Annual report on the health of the army in India
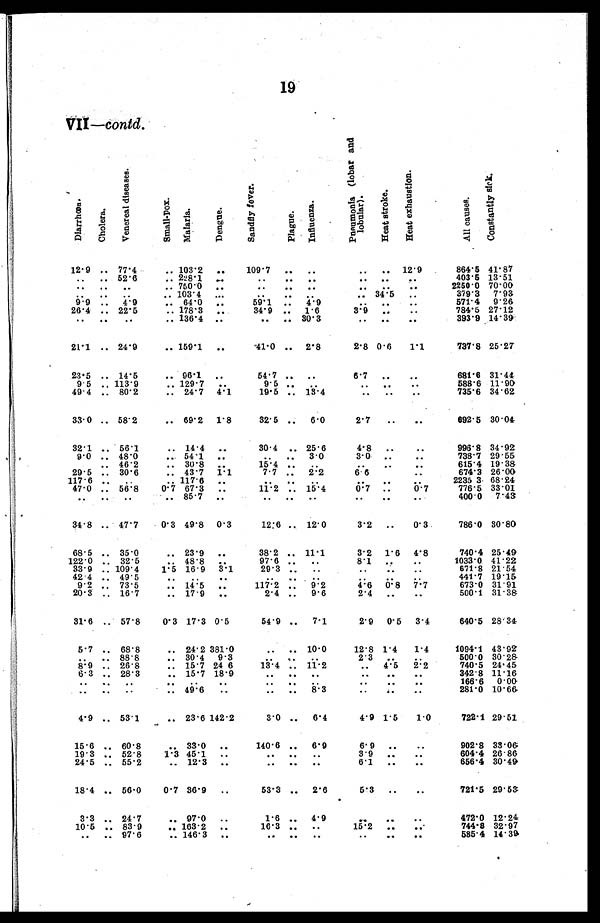
19
VII—contd.
D i a r r h œ a .
C h o l e r a .
V e n e r e a l d i s e a s e s .
S m a l l - p o x .
M a l a r i a .
D e n g u e .
S a n d f l y f e v e r .
Plague.
I n f l u e n z a .
P n e u m o n i a ( l o b a r a n d l o b u l a r ) .
H e a t s t r o k e .
H e a t e x h a u s t i o n .
A l l c a u s e s .
C o n s t a n t l y s i c k .
12.9 .. 77.4
.. 103.2
..
109.7
.. .. .. ..
12.9
864.5 41.87
..
.. 52.6
.. 228.1
..
..
..
.. .. .. ..
403.5 13.51
..
..
..
.. 750.0
..
..
..
..
.. ..
..
2250.0 70.00
.. .. .. ..
103.4
.. ..
..
.. ..
34.5
..
379.3
7.93
9.9 ..
4.9
..
64.0
..
59.1
..
4.9
.. ..
..
571.4
9.26
26.4 .. 22.5
.. 178.3
..
34.9 ..
1.6
3.9
..
..
784.5 27.12
..
..
..
.. 136.4
..
..
.. 30.3
..
..
..
393.9 14.39
21.1 .. 24.9
.. 159.1
..
41.0 ..
2.8
2.8 0.6
1.1
737.8 25.27
23.5 .. 14.5
.. 96.1
..
64.7 ..
..
6.7
.. ..
681.6 31.44
9.5 .. 113.9
.. 129.7
..
9.5 .
.. .. .. ..
588.6 11.90
49.1 .. 80.2
.. 24.7
4.1
19.5 .. 13.4
.. .. ..
735.6 34.62
33.0 .. 58.2
.. 69.2
1.8
32.5
..
6.0
2.7
.. ..
692.5 30.04
32.1
..
56.1
.. 14.4
..
30.4
.. 25.6
4.8
.. ..
996.8 34.92
9.0 .. 48.0
.. 54.1
.. .. ..
3.0
3.0
..
..
738.7 29.55
29.5 ..
46.2
.. 30.8
. .
15.4
..
. .
..
..
..
615.4 19.38
117.6
. .
30.6
..
43.7
1.1
7.7
..
2.2
6.6
..
..
674.3 26.00
47.0 .. 56.8
0.7 67.3
..
11.2 .. 15.4
0.7
..
0.7
776.5 33.01
..
..
..
.. 85.7
..
..
..
..
..
..
..
400.0
7.43
34.8 .. 47.7
0.3 49.8
0.3
12.6 ..
12.0
3.2
..
0.3
786.0 30.80
68.5 .. 35.0
.. 23.9
..
38.2 .. 11.1
3.2
1.6
4.8
740.4 25.49
122.0 .. 32.5
.. 48.8
. .
97.6 ..
..
8.1
. .
. .
1033.0 41.22
33.9 .. 109.4
1.5 16.9
3.1
29.3 ..
..
.. ..
..
671.8 21.54
42 4 .. 49.5
..
. .
. .
..
..
. .
. . . .
. .
441.7 19.15
9.2 ..
73.5
..
14.5
..
117.2 ..
9.2
4.6
0.8
7.7
673.0 31.91
20.3 .. 16.7
.. 17.9
..
2.4 ..
9.6
.. ..
..
500.1 31.38
31.6 .. 57.8
0.3 17.3 0.5
54.9 ..
7.1
2.9
0.5
3.4
640.5 28.31
5.7 .. 68.8
.. 24.2 381.0
..
.. 10.0
12.8 1.4
1.4
1094.1 43.92
. .
.. 88.8
.. 30.4
9.3
. . ..
..
2.3 ..
. .
500.0 30.28
8.9 .. 26.8
.. 15.7 24 6
13.4 ..
11.2
..
4.5
2.2
740.5 24.45
6.3 .. 28.3
.. 15.7 18.9
..
..
. .
. .
..
..
342.8 11.16
..
..
..
..
. .
..
..
..
. .
..
..
..
166.6
0.04
..
..
. .
.. 49.6
..
. . ..
..
. .
..
..
281.0 10.66
4.9 .. 53.1
.. 23.6 142.2
3.0 ..
6.4
4.9 1.5
1 . 0
722.1 29.51
15.6 .. 60.
..
33.0
..
140.6
..
6.9
.. .. ..
902.8 33.06
19.3
..
52.8
1.3 45.1
..
..
..
..
3.9
..
..
604.4 26.86
24.5 .. 55.2
.. 12.3
..
.. .. ..
6.1
..
..
656.4 30.49
18.4 .. 56.0
0.7 36.9
..
53.3
..
2.6
.. .. ..
721.5 29.53
3.3
..
24.7
..
97.0
..
1.6
..
4.9
..
..
..
472.0 12.24
10.5 .. 83.9
.. 163.2
..
16.3
..
..
15.2
..
..
744.8 32.97
..
.. 97.6
.. 146.3
..
..
..
..
.. .. ..
585.4 14.39